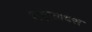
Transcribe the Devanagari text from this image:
महालदेश